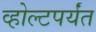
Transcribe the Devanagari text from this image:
व्होल्टपर्यंत